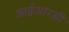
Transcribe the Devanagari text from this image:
आईआरडी